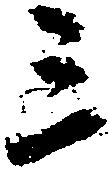
三